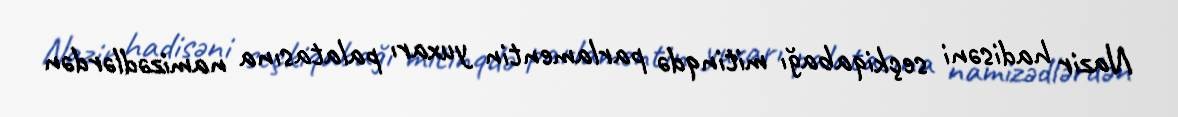
Nazir hadisəni seçkiqabağı mitinqdə parlamentin yuxarı palatasına namizədlərdən